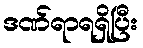
ဒဏ်ရာရရှိပြီး